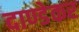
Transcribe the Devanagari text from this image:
दाण्डेकर